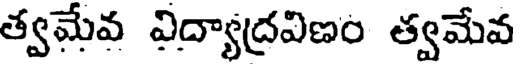
త్వమేవ విద్యాద్రవిణం త్వమేవ